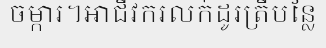
ចម្ការ។អាជីវករលក់ដូរត្រីបន្លែ